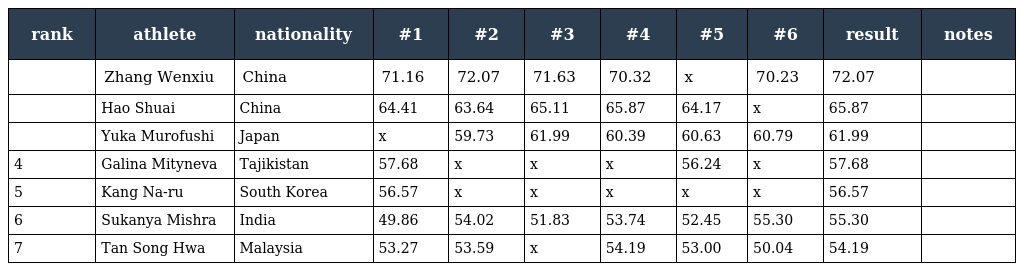
| rank | athlete | nationality | #1 | #2 | #3 | #4 | #5 | #6 | result | notes |
 | --- | --- | --- | --- | --- | --- | --- | --- | --- | --- | --- |
 |  | Zhang Wenxiu | China | 71.16 | 72.07 | 71.63 | 70.32 | x | 70.23 | 72.07 |  |
 |  | Hao Shuai | China | 64.41 | 63.64 | 65.11 | 65.87 | 64.17 | x | 65.87 |  |
 |  | Yuka Murofushi | Japan | x | 59.73 | 61.99 | 60.39 | 60.63 | 60.79 | 61.99 |  |
 | 4 | Galina Mityneva | Tajikistan | 57.68 | x | x | x | 56.24 | x | 57.68 |  |
 | 5 | Kang Na-ru | South Korea | 56.57 | x | x | x | x | x | 56.57 |  |
 | 6 | Sukanya Mishra | India | 49.86 | 54.02 | 51.83 | 53.74 | 52.45 | 55.30 | 55.30 |  |
 | 7 | Tan Song Hwa | Malaysia | 53.27 | 53.59 | x | 54.19 | 53.00 | 50.04 | 54.19 |  |